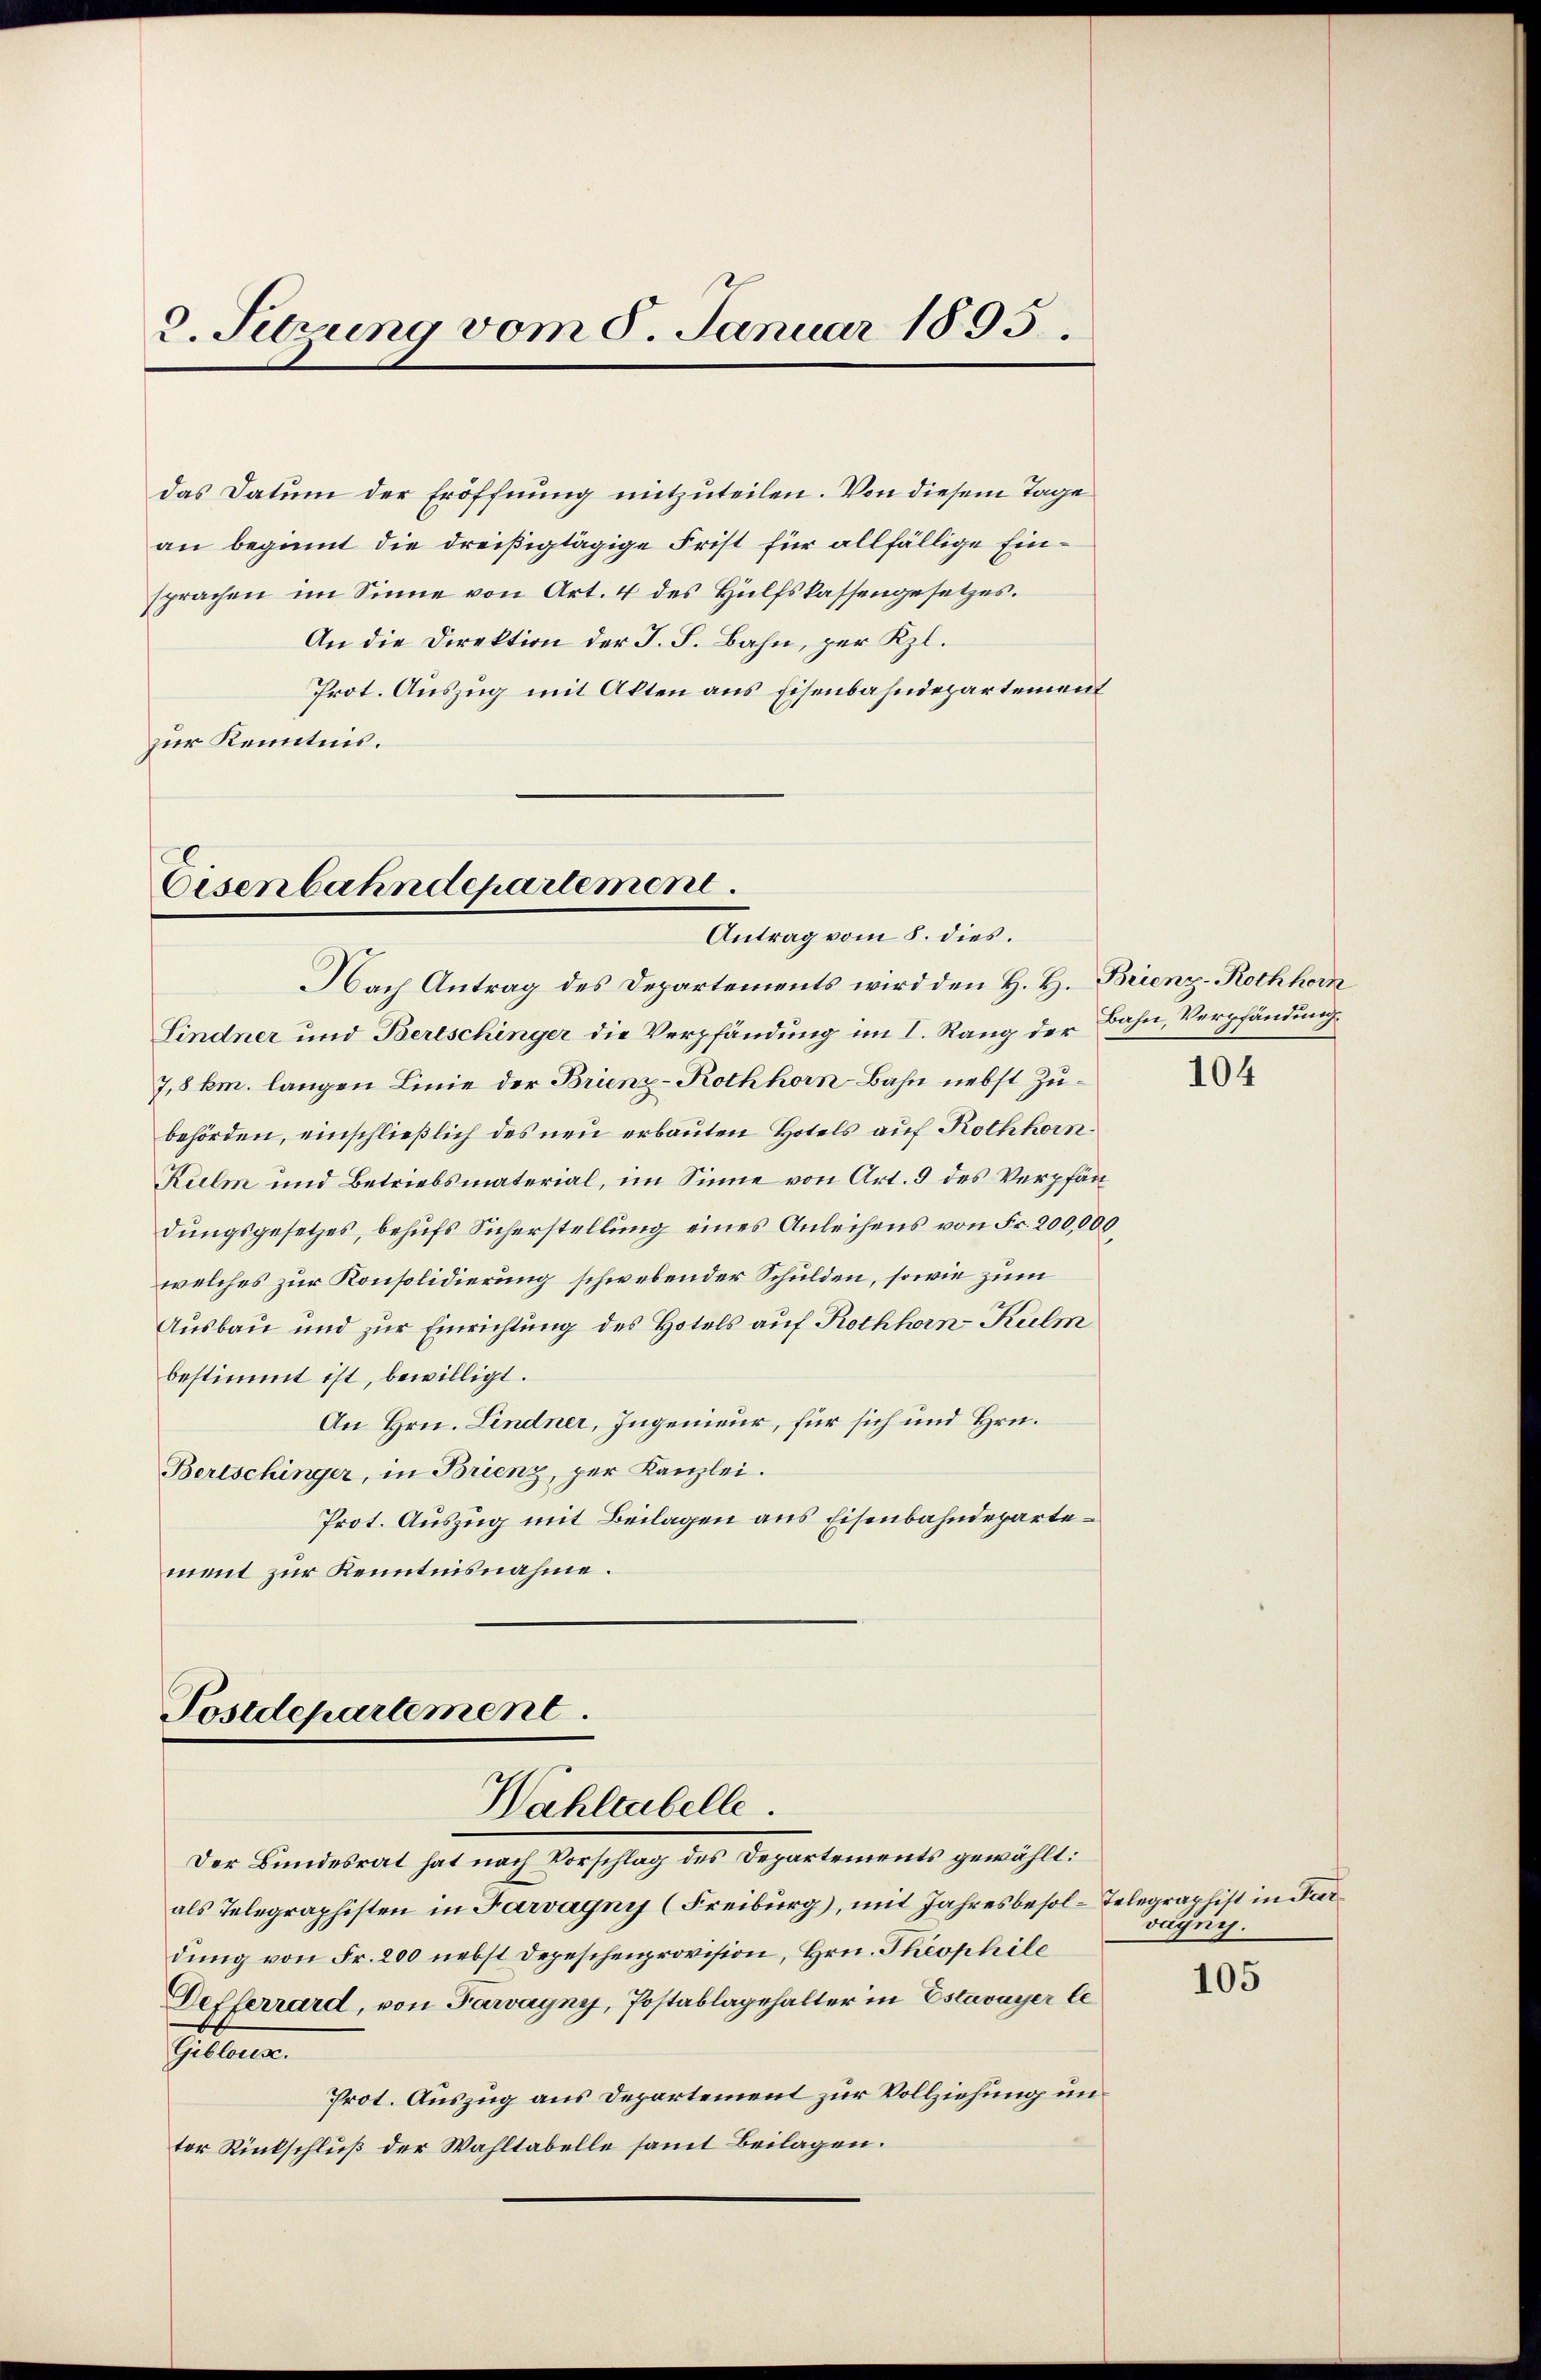
2. Setzung vom 8. Januar 1895.

An die Direktion der J. F. Bahn, per Kl.
Prot. Auszug mit Akten aus Eisenbahndepartement
zur Kenntnis.

Eisenbahndepartement.
Antrag vom 8. dies.

das Datum der Eröffnung mitzuteilen. Von diesem Tage
an beginnt die dreißigtägige Frist für allfällige Einsprachen im Sinne von Art. 4 des Hülfskassengesetzes.

Postdepartement
Wahltabelle.

Nach Antrag des Departements wird den H. H. Brienz-Rothhorn

Lindner und Bertschinger die Verpfändung im I. Rang der Bahn, Verpfändung
7,8 km. langen Linie der Brienz-Rothhorn-Bahn nebst Zubehörden, einschließlich des neu erbauten Hotels auf Rothhorn¬
Kulm und Betriebsmaterial, im Sinne von Art. 9 des Verpfändungsgesetzes, behufs Sicherstellung eines Anleihens von Fr. 200,000,
welches zur Konsolidierung schwebender Schulden, sowie zum
Ausbau und zur Einrichtung des Hotels auf Rothhorn Kulm
bestimmt ist, bewilligt.
An Hrn. Lindner, Ingenieur, für sich und Hrn.
Bertschinger, in Brienz, per Kanzlei.
Prot. Auszug mit Beilagen aus Eisenbahndepartement zur Kenntnisnahme.

Der Bundesrat hat nach Vorschlag des Departements gewählt:
als Telegraphisten in Farvagny (Freiburg), mit Jahresbesol-Telegraphist in Pardung von Fr. 200 nebst Depeschenprovision, Hrn. Theophile
Defferrard, von Tarvayny, Postablagehalter in Estavayer le
Gilbaren.
Prot. Auszug aus Departement zur Vollziehung un
tor Rückschluß der Wahltabelle samt Beilagen.

104

vagny.

105